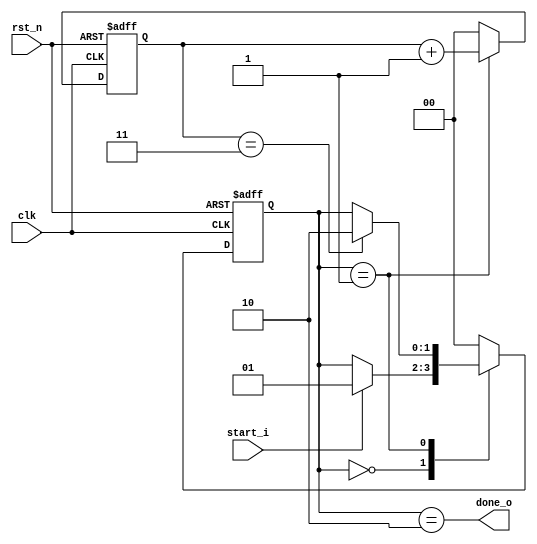
module Counter #(
    // Parameter
    parameter COUNT_NUM = 4
    )
    (
    // Port
    input   clk,
    input   rst_n,
    input   start_i,
    
    output  done_o
    );
    
    localparam COUNT_LG2 = $clog2(COUNT_NUM);
    
    localparam IDLE = 2'b00;
    localparam RUN  = 2'b01;
    localparam DONE = 2'b10;
    
    reg [1:0] c_state, n_state;
    reg [COUNT_LG2-1:0] cnt_num;
    
    // state register(seq)
    always @(posedge clk, negedge rst_n) begin
        if (!rst_n) begin
            c_state <= IDLE;
        end else begin
            c_state <= n_state;
        end
    end
    
    // next state logic(comb)
    always @(*) begin 
        n_state = c_state;  // latch prevent
        case (c_state)
            IDLE    : begin
                if (start_i) begin
                    n_state = RUN;
                end
            end
            RUN     : begin
                if (cnt_num==COUNT_NUM-1) begin
                    n_state = DONE;
                end
            end
            DONE    : begin
                n_state = IDLE;
            end
            default : begin
                n_state = IDLE;
            end
        endcase
    end
    
    
    // Counter logic
    always @(posedge clk, negedge rst_n) begin
        if (!rst_n) begin
            cnt_num <= {(COUNT_LG2){1'b0}};
        end else begin
            case (c_state)
                IDLE    : cnt_num <= {(COUNT_LG2){1'b0}};
                RUN     : cnt_num <= cnt_num + 'd1;
                DONE    : cnt_num <= {(COUNT_LG2){1'b0}};
                default : cnt_num <= {(COUNT_LG2){1'b0}};
            endcase
        end
    end
    
    // Output logic
    assign done_o = (c_state==DONE);
    
endmodule